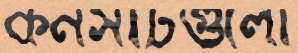
কনসার্টগুলো